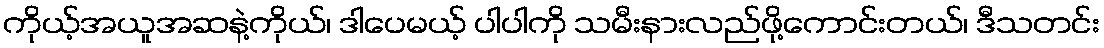
ကိုယ့်အယူအဆနဲ့ကိုယ်၊ ဒါပေမယ့် ပါပါကို သမီးနားလည်ဖို့ကောင်းတယ်၊ ဒီသတင်း